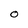
Character: O